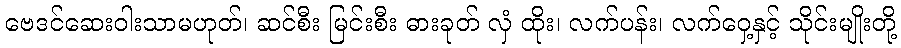
ဗေဒင်ဆေးဝါးသာမဟုတ်၊ ဆင်စီး မြင်းစီး ဓားခုတ် လှံ ထိုး၊ လက်ပန်း၊ လက်ဝှေ့နှင့် သိုင်းမျိုးတို့